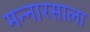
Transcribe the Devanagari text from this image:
मन्नारसाला